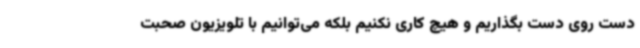
دست روی دست بگذاریم و هیچ کاری نکنیم بلکه می‌توانیم با تلویزیون صحبت